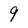
Character: 9